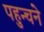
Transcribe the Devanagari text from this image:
पहुन्चने